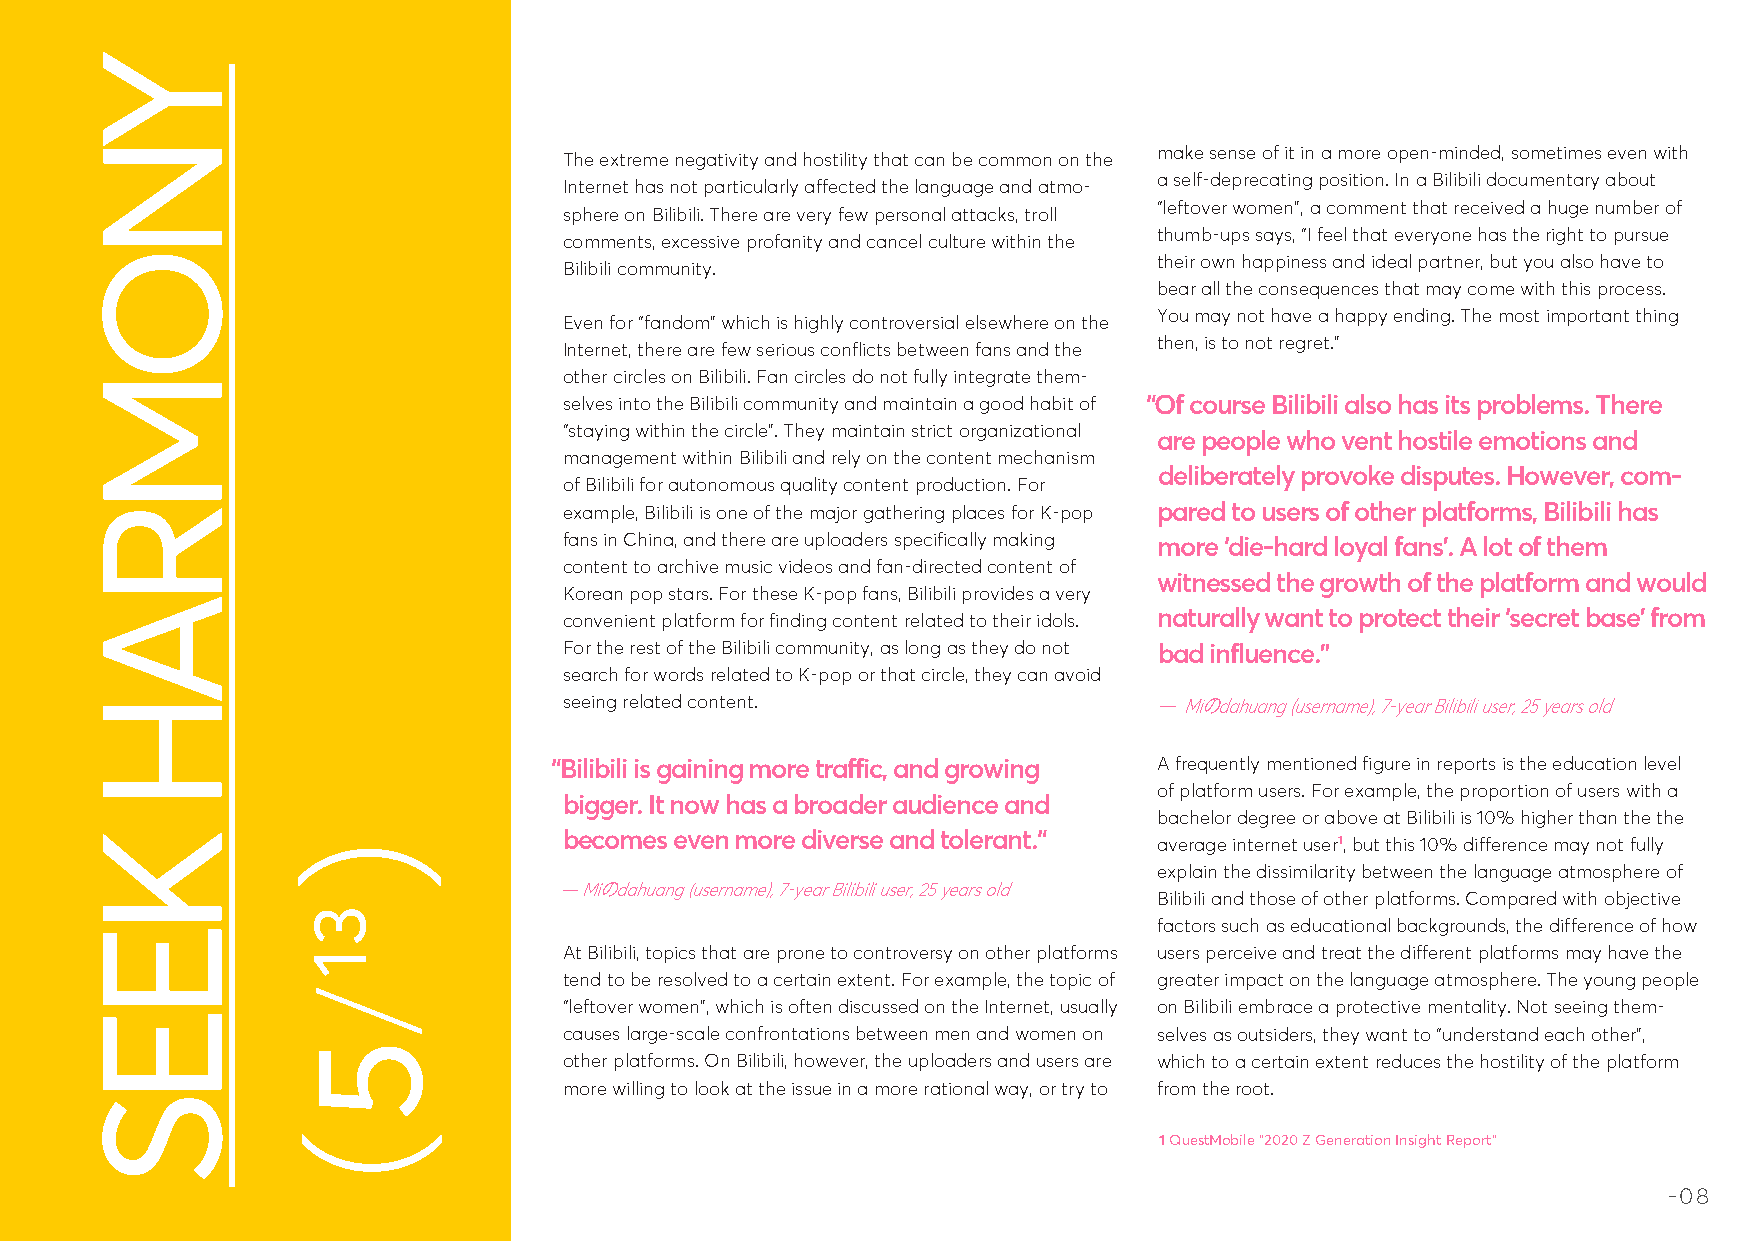
make sense of it in a more open-minded, sometimes even with
 The extreme negativity and hostility that can be common on the
 a self-deprecating position. In a Bilibili documentary about
 Internet has not particularly affected the language and atmo-
 “leftover women”, a comment that received a huge number of
 sphere on Bilibili. There are very few personal attacks, troll
 thumb-ups says, “I feel that everyone has the right to pursue
 comments, excessive profanity and cancel culture within the
 their own happiness and ideal partner, but you also have to
 Bilibili community.
 bear all the consequences that may come with this process.
 You may not have a happy ending. The most important thing
 Even for “fandom” which is highly controversial elsewhere on the
 then, is to not regret.”
 Internet, there are few serious conflicts between fans and the
 other circles on Bilibili. Fan circles do not fully integrate them-
 selves into the Bilibili community and maintain a good habit of “Of course Bilibili also has its problems. There
 “staying within the circle”. They maintain strict organizational
 are people who vent hostile emotions and
 management within Bilibili and rely on the content mechanism
 deliberately provoke disputes. However, com-
 of Bilibili for autonomous quality content production. For
 example, Bilibili is one of the major gathering places for K-pop pared to users of other platforms, Bilibili has
 fans in China, and there are uploaders specifically making more ‘die-hard loyal fans’. A lot of them
 content to archive music videos and fan-directed content of
 witnessed the growth of the platform and would
 Korean pop stars. For these K-pop fans, Bilibili provides a very
 convenient platform for finding content related to their idols. naturally want to protect their ‘secret base’ from
 For the rest of the Bilibili community, as long as they do not bad influence.”
 search for words related to K-pop or that circle, they can avoid
 seeing related content.                — Miのdahuang (username), 7-year Bilibili user, 25 years old
 “Bilibili is gaining more traffic, and growing A frequently mentioned figure in reports is the education level
 of platform users. For example, the proportion of users with a
 bigger. It now has a broader audience and
 bachelor degree or above at Bilibili is 10% higher than the the
 becomes even more diverse and tolerant.“ average internet user1, but this 10% difference may not fully
 explain the dissimilarity between the language atmosphere of
 — Miのdahuang (username), 7-year Bilibili user, 25 years old
 Bilibili and those of other platforms. Compared with objective
 factors such as educational backgrounds, the difference of how
 At Bilibili, topics that are prone to controversy on other platforms users perceive and treat the different platforms may have the
 tend to be resolved to a certain extent. For example, the topic of greater impact on the language atmosphere. The young people
 “leftover women”, which is often discussed on the Internet, usually on Bilibili embrace a protective mentality. Not seeing them-
 causes large-scale confrontations between men and women on selves as outsiders, they want to “understand each other”,
 other platforms. On Bilibili, however, the uploaders and users are which to a certain extent reduces the hostility of the platform
 more willing to look at the issue in a more rational way, or try to from the root.
 1 QuestMobile "2020 Z Generation Insight Report"
 -08
 YNOMRAH
 KEES
 31
 /5
 （
 （